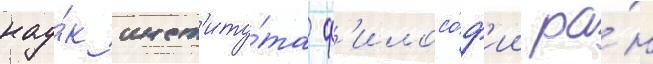
нау́к инст'иту́та ф'илосо́ф'ии ра́н